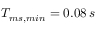
T _ { m s , m i n } = 0 . 0 8 \, s